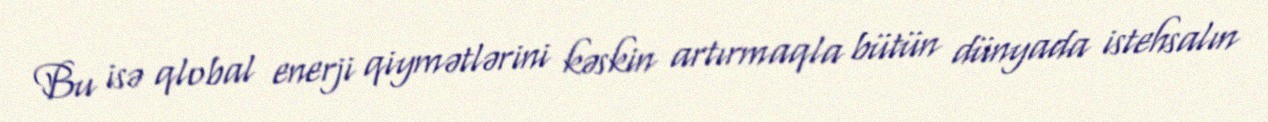
Bu isə qlobal enerji qiymətlərini kəskin artırmaqla bütün dünyada istehsalın